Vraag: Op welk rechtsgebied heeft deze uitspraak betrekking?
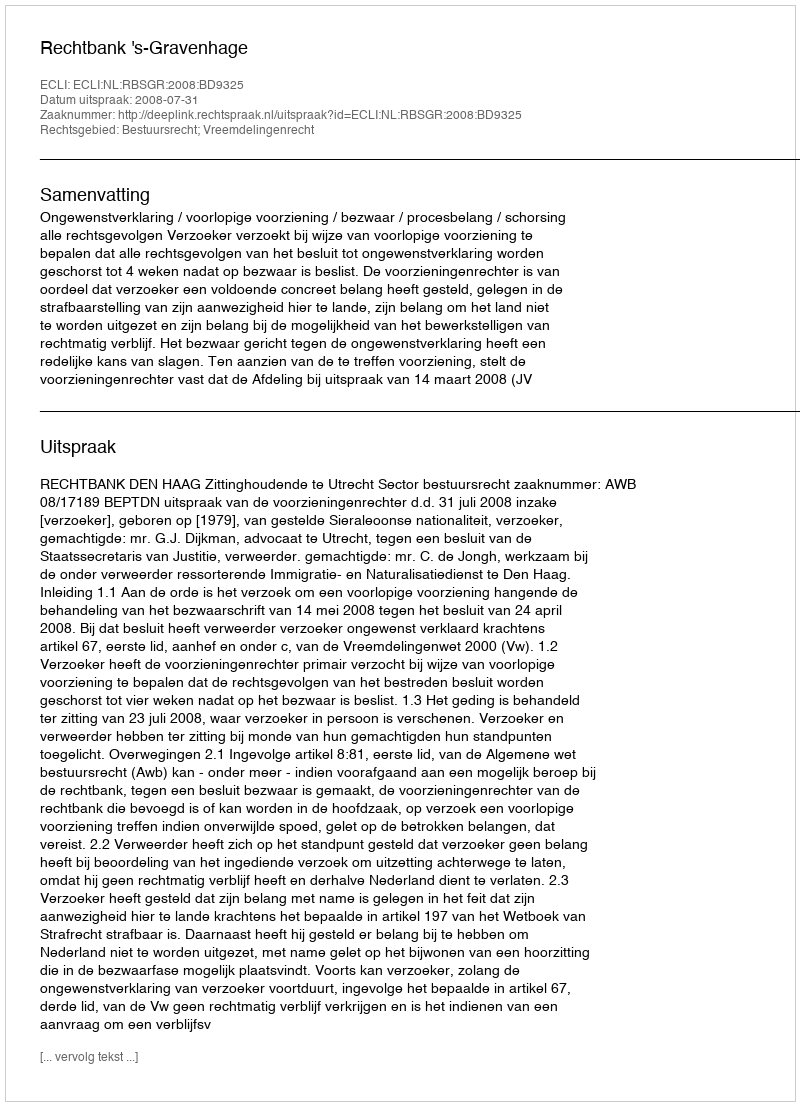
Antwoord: Bestuursrecht; Vreemdelingenrecht